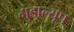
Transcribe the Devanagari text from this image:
गुडाल्यूप